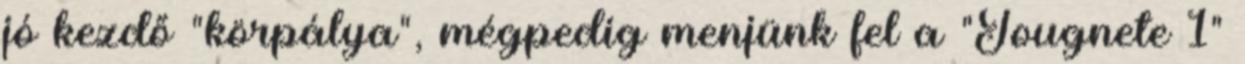
jó kezdő "körpálya", mégpedig menjünk fel a "Tougnete 1"